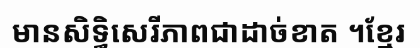
មានសិទ្ធិសេរីភាពជាដាច់ខាត ។ខ្មែរ